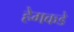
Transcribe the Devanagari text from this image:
हेगकडे